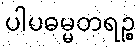
ပါပဓမ္မတရဉ္စ